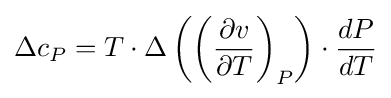
{\Delta c_{P}=T\cdot \Delta \left({\left({{\partial v} \over {\partial T}}\right)_{P}}\right)\cdot {{dP} \over {dT}}}